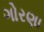
ગોરણા